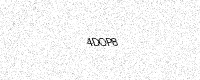
Text: 4DOP8